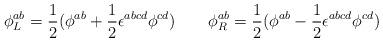
LaTeX: \begin{align*}\phi _L^{ab}=\frac 12(\phi ^{ab}+\frac 12\epsilon ^{abcd}\phi ^{cd})\quad\quad \phi _R^{ab}=\frac 12(\phi ^{ab}-\frac 12\epsilon ^{abcd}\phi ^{cd})\end{align*}